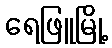
ရေဖြူမြို့